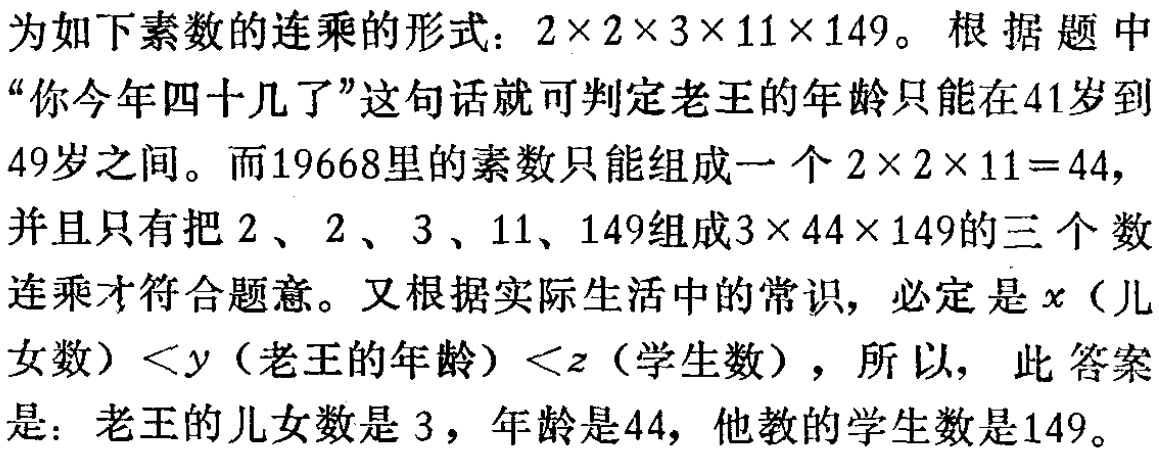
为如下素数的连乘的形式：\(2\times2\times3\times11\times149\)。根据题中“你今年四十几了”这句话就可判定老王的年龄只能在41岁到49岁之间。而19668里的素数只能组成一个\(2\times2\times11 = 44\)，并且只有把\(2\)、\(2\)、\(3\)、\(11\)、\(149\)组成\(3\times44\times149\)的三个数连乘才符合题意。又根据实际生活中的常识，必定是\(x\)（儿女数）\(<y\)（老王的年龄）\(<z\)（学生数），所以，此答案是：老王的儿女数是\(3\)，年龄是44，他教的学生数是149。